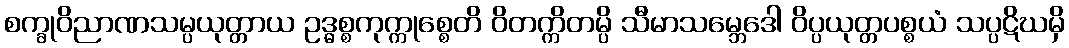
စက္ခုဝိညာဏသမ္ပယုတ္တာယ ဥဒ္ဓစ္စကုက္ကုစ္စေတိ ဝိတက္ကိတမ္ပိ သီမာသမ္ဘေဒေါ ဝိပ္ပယုတ္တပစ္စယံ သပ္ပဋိဃမှိ